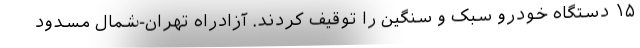
۱۵ دستگاه خودرو سبک و سنگین را توقیف کردند. آزادراه تهران-شمال مسدود